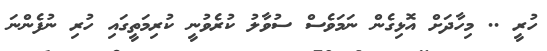
ހުރީ .. މިހާދަށް އޮޅިގެން ނަމަވެސް ސުވާލު ކުރެވުނީ ކުރިމަތީގައި ހުރި ނުފެންނަ